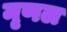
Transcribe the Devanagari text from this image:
मृणल